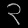
Digit: ၃